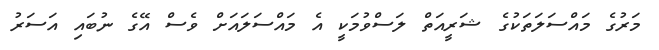
މަރުގެ މައްސަލަތަކުގެ ޝަރީއަތް ލަސްވުމަކީ އެ މައްސަލައަށް ވެސް އޭގެ ނުބައި އަސަރު